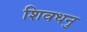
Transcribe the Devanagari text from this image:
शिवधनु